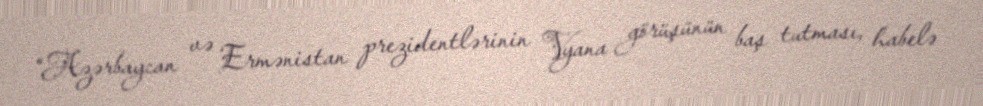
“Azərbaycan və Ermənistan prezidentlərinin Vyana görüşünün baş tutması, habelə